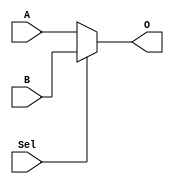
`timescale 1ns / 1ps
//////////////////////////////////////////////////////////////////////////////////
// Company: 
// Engineer: 
// 
// Design Name: 
// Module Name:    MUX32_2_1 
// Project Name: 
// Target Devices: 
// Tool versions: 
// Description: 
//
// Dependencies: 
//
// Revision: 
// Revision 0.01 - File Created
// Additional Comments: 
//
//////////////////////////////////////////////////////////////////////////////////
module MUX32_2_1(
    input [31:0] A , B ,
	 input Sel ,
	 output [31:0] O
    );

    assign O = Sel ? B : A;

endmodule